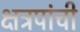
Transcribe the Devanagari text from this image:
क्षत्रपांची